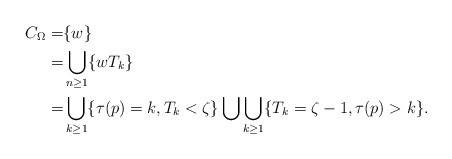
\begin{align*}C_{\Omega}=&\{w\}\\=&\bigcup\limits_{n\geq 1}\{wT_k\}\\=&\bigcup\limits_{k\geq 1}\{\tau(p)=k,T_k<\zeta\}\bigcup\bigcup\limits_{k\geq1}\{T_k=\zeta-1,\tau(p)>k\}.\end{align*}